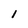
Character: i